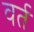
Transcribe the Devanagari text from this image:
वर्त